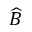
\widehat { B }